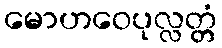
မောဟဝေပုလ္လတ္တံ